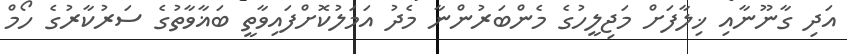
އަދި ގާނޫނާއި ޚިލާފަށް މަޖިލީހުގެ މެންބަރުންނާ މެދު އަމަލުކޮށްފައިވާތީ ބަޣާވާތުގެ ސަރުކާރުގެ ހޯމް